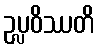
ဥပ္လဝိဿတိ